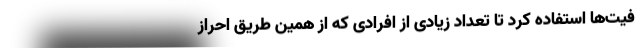
فیت‌ها استفاده کرد تا تعداد زیادی از افرادی که از همین طریق احراز